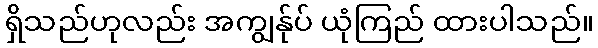
ရှိသည်ဟုလည်း အကျွန်ုပ် ယုံကြည် ထားပါသည်။